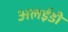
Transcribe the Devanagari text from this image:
अलईडी